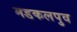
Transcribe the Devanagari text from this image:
मडकलपुव